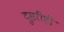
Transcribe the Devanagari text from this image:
दुसरीही